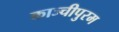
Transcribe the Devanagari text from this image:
काञ्चीपुरम